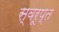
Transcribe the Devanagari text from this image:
स्वरूप्त